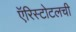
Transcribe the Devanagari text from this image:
ऍरिस्टोटलची